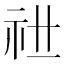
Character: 𥘠